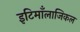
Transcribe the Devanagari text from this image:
इटिमाँलाजिकल